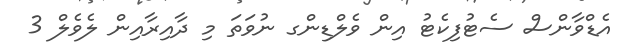
އެޑްވާންސް ސެޓުފިކެޓު އިން ވެލްޑިންގ ނުވަތަ މި ދާއިރާއިން ލެވެލް 3